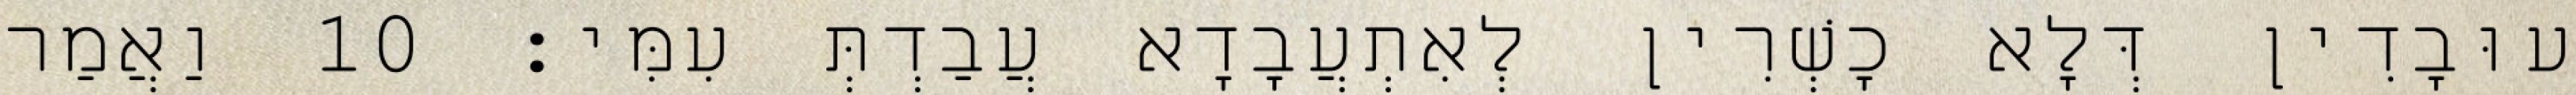
עוּבָדִין דְּלָא כָשְׁרִין לְאִתְעֲבָדָא עֲבַדְתְּ עִמִּי׃ 10 וַאֲמַר